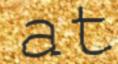
at